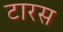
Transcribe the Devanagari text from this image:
टारस